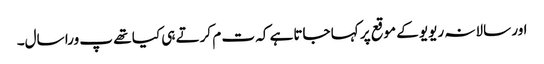
اور سالانہ ریویو کے موقع پر کہا جاتاہے کہ ت م کرتے ہی کیا تھے پ ورا سال۔